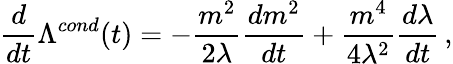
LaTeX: \frac{d}{dt}\Lambda^{cond}(t)=-\frac{m^{2}}{2\lambda}\frac{dm^{2}}{dt}+\frac{m^{4}}{4\lambda^{2}}\frac{d\lambda}{dt}\, ,